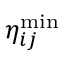
\eta _ { i j } ^ { \operatorname* { m i n } }